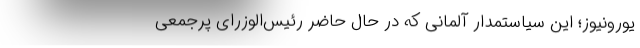
یورونیوز؛ این سیاستمدار آلمانی که در حال حاضر رئیس‌الوزرای پرجمعی